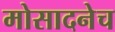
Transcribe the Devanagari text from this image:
मोसादनेच